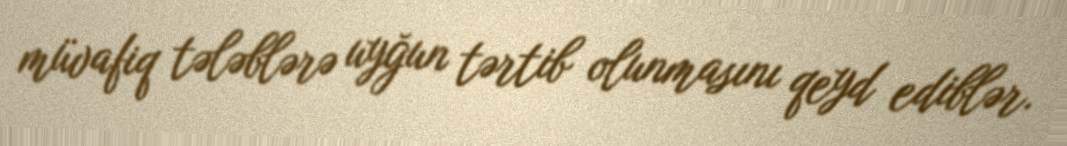
müvafiq tələblərə uyğun tərtib olunmasını qeyd ediblər.